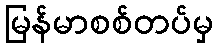
မြန်မာစစ်တပ်မှ